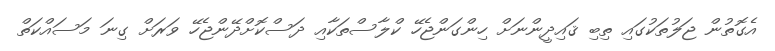
އެގޮތުން ޖަލުތަކުގައި ތިބި ޤައިދީންނަށް ހިންގަންޖެހޭ ކްލާސްތަކާއި ދަސްކޮށްދޭންޖެހޭ ވަރަށް ގިނަ މަސައްކަތް